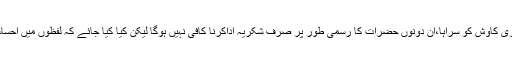
محترمڈاکٹرریاض مجید اور محبّی پروفیسر انواراحمدزئی نے میری کاوش کو سراہا،ان دونوں حضرات کا رسمی طور پر صرف شکریہ اداکرنا کافی نہیں ہوگا لیکن کیا کِیا جائے کہ لفظوں میں احساسات کی حرارت منتقل کرنے کی کوئی اور صورت بھی تو نہیں۔